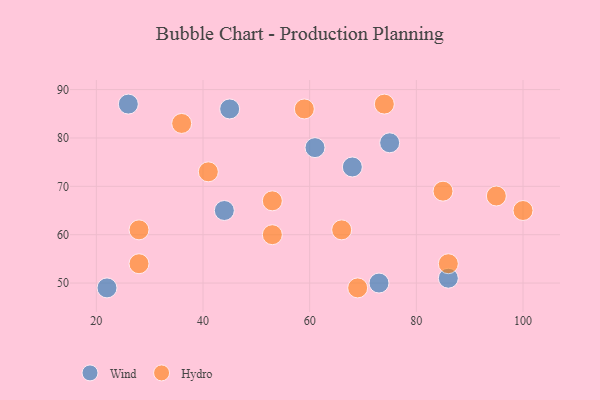
{"axis": {"x": "GDP", "y": "Life Expectancy"}, "legend": ["Hydro", "Wind"], "data": [{"x": "26", "y": 87, "type": "Wind"}, {"x": "22", "y": 49, "type": "Wind"}, {"x": "61", "y": 78, "type": "Wind"}, {"x": "86", "y": 51, "type": "Wind"}, {"x": "45", "y": 86, "type": "Wind"}, {"x": "75", "y": 79, "type": "Wind"}, {"x": "44", "y": 65, "type": "Wind"}, {"x": "68", "y": 74, "type": "Wind"}, {"x": "73", "y": 50, "type": "Wind"}, {"x": "53", "y": 67, "type": "Hydro"}, {"x": "69", "y": 49, "type": "Hydro"}, {"x": "95", "y": 68, "type": "Hydro"}, {"x": "41", "y": 73, "type": "Hydro"}, {"x": "28", "y": 61, "type": "Hydro"}, {"x": "100", "y": 65, "type": "Hydro"}, {"x": "53", "y": 60, "type": "Hydro"}, {"x": "28", "y": 54, "type": "Hydro"}, {"x": "85", "y": 69, "type": "Hydro"}, {"x": "36", "y": 83, "type": "Hydro"}, {"x": "86", "y": 54, "type": "Hydro"}, {"x": "74", "y": 87, "type": "Hydro"}, {"x": "66", "y": 61, "type": "Hydro"}, {"x": "59", "y": 86, "type": "Hydro"}]}